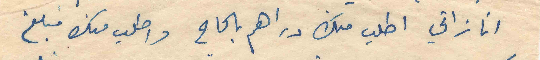
انا زاتي اطلب منك دراهم بالحاح واطب منك مبلغ